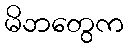
မိဘတွေက